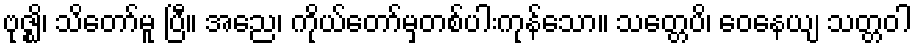
ဗုဇ္ဈိ၊ သိတော်မူ ပြီ။ အညေ၊ ကိုယ်တော်မှတစ်ပါးကုန်သော။ သတ္တေပိ၊ ဝေနေယျ သတ္တဝါ